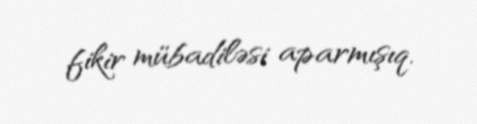
fikir mübadiləsi aparmışıq.